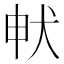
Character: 𭸁